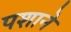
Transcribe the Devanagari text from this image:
पशाने